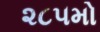
૨૮૫મો